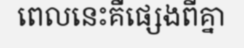
ពេលនេះគឺផ្សេងពីគ្នា